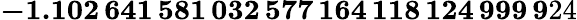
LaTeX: \mathbf{-1.102\, 641\, 581\, 032\, 577\, 164\, 118\, 124\, 999\, 9}24